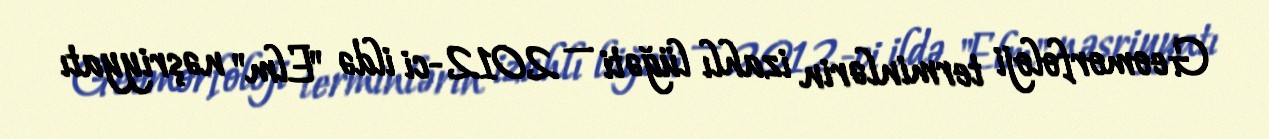
Geomorfoloji terminlərin izahlı lüğəti — 2012-ci ildə "Elm" nəşriyyatı